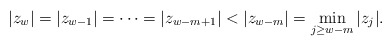
\begin{align*} |z_{w}|=|z_{w-1}|=\cdots=|z_{w-m+1}|<|z_{w-m}|=\min_{j\ge w-m}|z_j|. \end{align*}